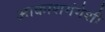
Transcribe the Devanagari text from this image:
आकाशगंगेशी